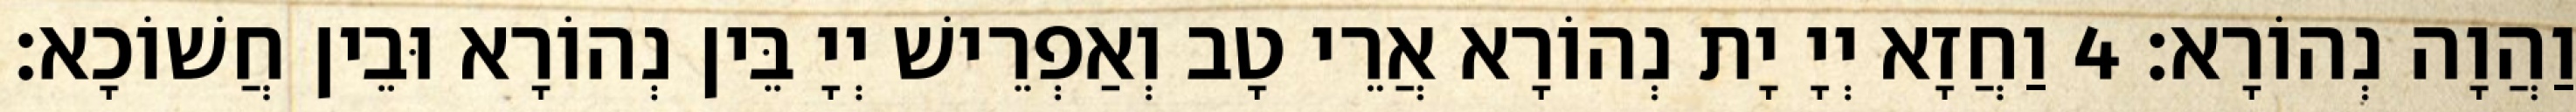
וַהֲוָה נְהוֹרָא׃ 4 וַחֲזָא יְיָ יָת נְהוֹרָא אֲרֵי טָב וְאַפְרֵישׁ יְיָ בֵּין נְהוֹרָא וּבֵין חֲשׁוֹכָא׃